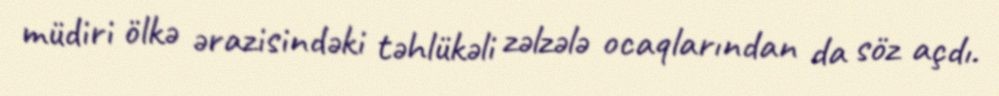
müdiri ölkə ərazisindəki təhlükəli zəlzələ ocaqlarından da söz açdı.